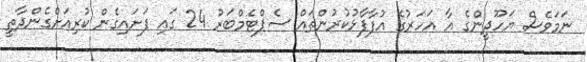
ނަމަވެސް ޔަހޫދީންގެ އާ އަހަރުގެ އުފާފާޅުކުރުންތައް ސެޕްޓެމްބަރު 24 ގައި ފަށައިގެން ކުރިއަށްގެންދާތީ